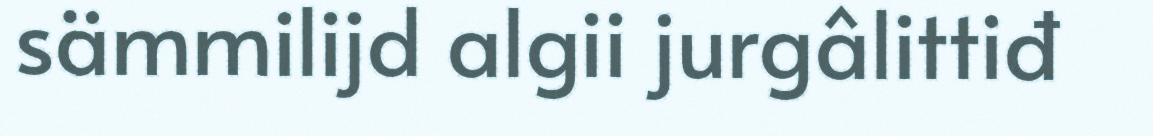
sämmilijd algii jurgâlittiđ